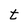
Character: t